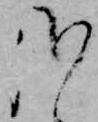
哉